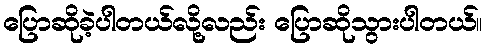
ပြောဆိုခဲ့ပါတယ်လို့လည်း ပြောဆိုသွားပါတယ်။